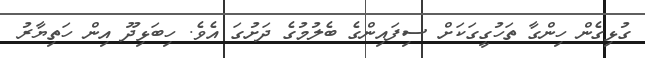
ގުޅިގެން ހިންގާ ތަހުގީގަކަށް ސިފައިންގެ ބެލުމުގެ ދަށުގަ އެވެ. ހިބަޅިދޫ އިން ހަތިޔާރު